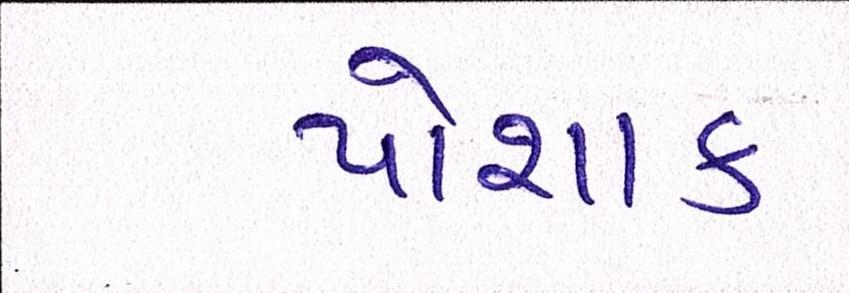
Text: પોશાક